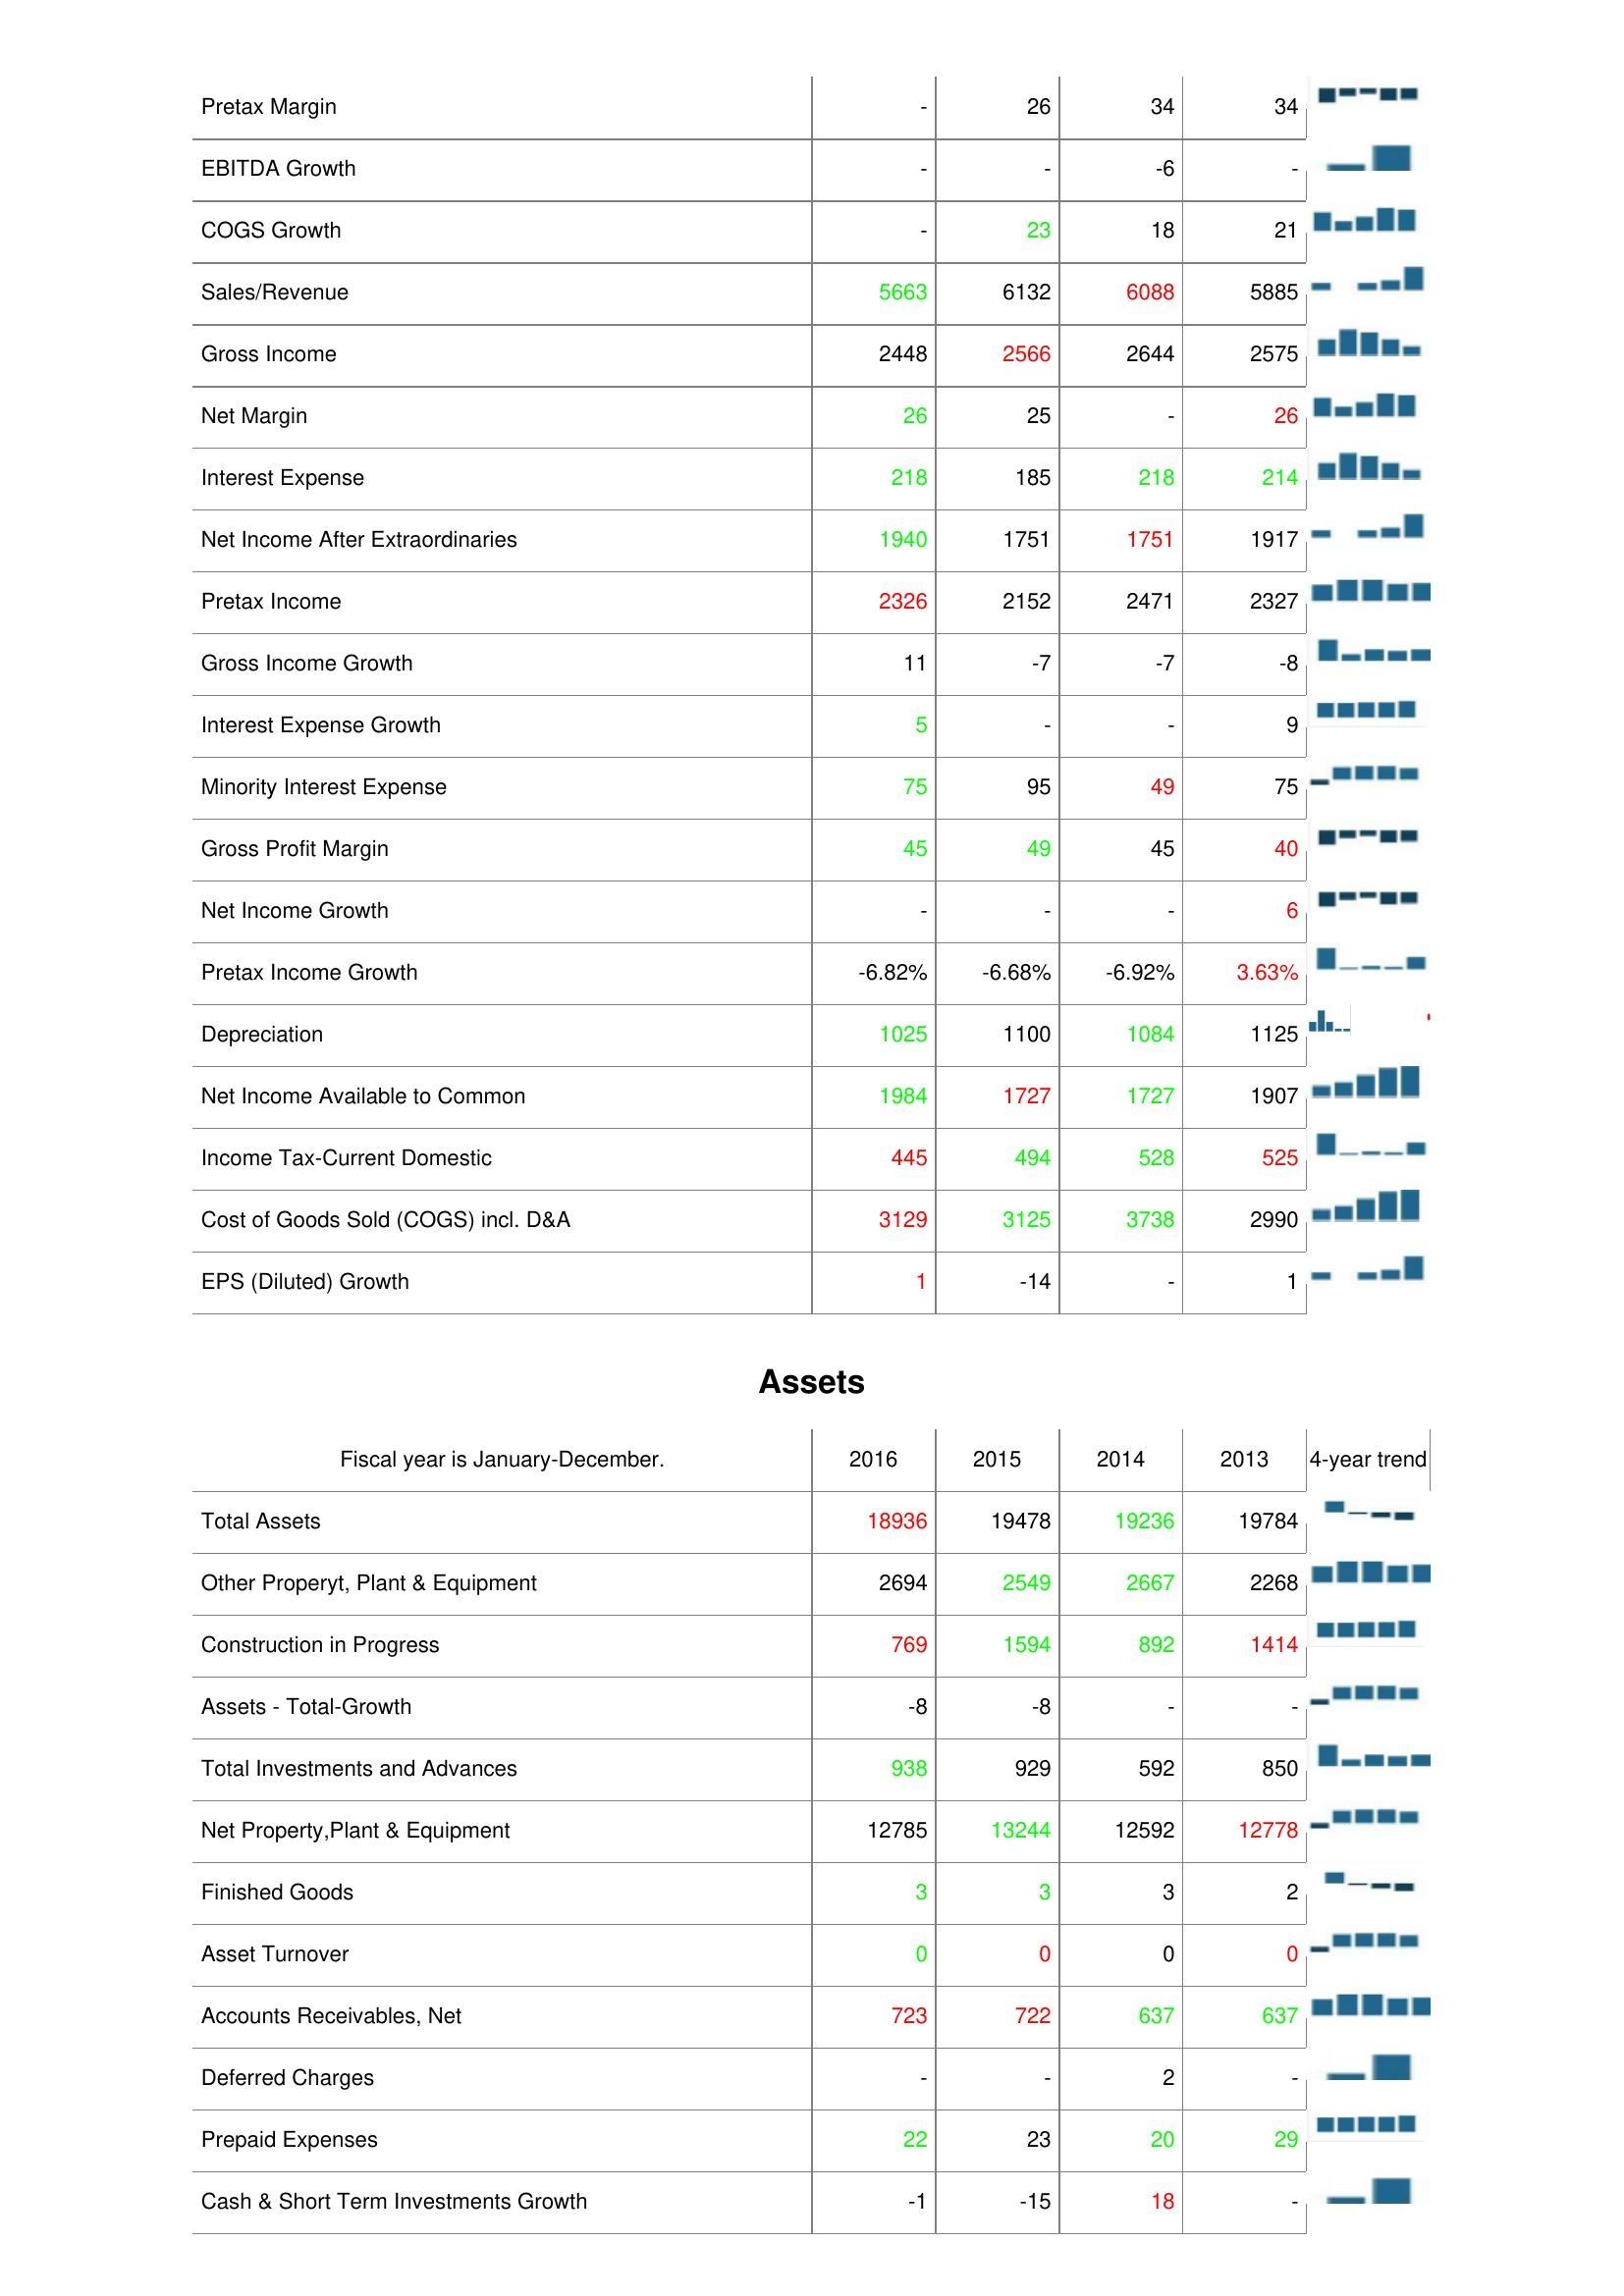
2016: : Pretax Margin: -
EBITDA Growth: -
COGS Growth: -
Sales/Revenue: 5663
Gross Income: 2448
Net Margin: 26
Interest Expense: 218
Net Income After Extraordinaries: 1940
Pretax Income: 2326
Gross Income Growth: 11
Interest Expense Growth: 5
Minority Interest Expense: 75
Gross Profit Margin: 45
Net Income Growth: -
Pretax Income Growth: -6.82%
Depreciation: 1025
Net Income Available to Common: 1984
Income Tax-Current Domestic: 445
Cost of Goods Sold (COGS) incl. D&A: 3129
EPS (Diluted) Growth: 1
Assets: Total Assets: 18936
Other Properyt, Plant & Equipment: 2694
Construction in Progress: 769
Assets - Total-Growth: -8
Total Investments and Advances: 938
Net Property,Plant & Equipment: 12785
Finished Goods: 3
Asset Turnover: 0
Accounts Receivables, Net: 723
Deferred Charges: -
Prepaid Expenses: 22
Cash & Short Term Investments Growth: -1
2015: : Pretax Margin: 26
EBITDA Growth: -
COGS Growth: 23
Sales/Revenue: 6132
Gross Income: 2566
Net Margin: 25
Interest Expense: 185
Net Income After Extraordinaries: 1751
Pretax Income: 2152
Gross Income Growth: -7
Interest Expense Growth: -
Minority Interest Expense: 95
Gross Profit Margin: 49
Net Income Growth: -
Pretax Income Growth: -6.68%
Depreciation: 1100
Net Income Available to Common: 1727
Income Tax-Current Domestic: 494
Cost of Goods Sold (COGS) incl. D&A: 3125
EPS (Diluted) Growth: -14
Assets: Total Assets: 19478
Other Properyt, Plant & Equipment: 2549
Construction in Progress: 1594
Assets - Total-Growth: -8
Total Investments and Advances: 929
Net Property,Plant & Equipment: 13244
Finished Goods: 3
Asset Turnover: 0
Accounts Receivables, Net: 722
Deferred Charges: -
Prepaid Expenses: 23
Cash & Short Term Investments Growth: -15
2014: : Pretax Margin: 34
EBITDA Growth: -6
COGS Growth: 18
Sales/Revenue: 6088
Gross Income: 2644
Net Margin: -
Interest Expense: 218
Net Income After Extraordinaries: 1751
Pretax Income: 2471
Gross Income Growth: -7
Interest Expense Growth: -
Minority Interest Expense: 49
Gross Profit Margin: 45
Net Income Growth: -
Pretax Income Growth: -6.92%
Depreciation: 1084
Net Income Available to Common: 1727
Income Tax-Current Domestic: 528
Cost of Goods Sold (COGS) incl. D&A: 3738
EPS (Diluted) Growth: -
Assets: Total Assets: 19236
Other Properyt, Plant & Equipment: 2667
Construction in Progress: 892
Assets - Total-Growth: -
Total Investments and Advances: 592
Net Property,Plant & Equipment: 12592
Finished Goods: 3
Asset Turnover: 0
Accounts Receivables, Net: 637
Deferred Charges: 2
Prepaid Expenses: 20
Cash & Short Term Investments Growth: 18
2013: : Pretax Margin: 34
EBITDA Growth: -
COGS Growth: 21
Sales/Revenue: 5885
Gross Income: 2575
Net Margin: 26
Interest Expense: 214
Net Income After Extraordinaries: 1917
Pretax Income: 2327
Gross Income Growth: -8
Interest Expense Growth: 9
Minority Interest Expense: 75
Gross Profit Margin: 40
Net Income Growth: 6
Pretax Income Growth: 3.63%
Depreciation: 1125
Net Income Available to Common: 1907
Income Tax-Current Domestic: 525
Cost of Goods Sold (COGS) incl. D&A: 2990
EPS (Diluted) Growth: 1
Assets: Total Assets: 19784
Other Properyt, Plant & Equipment: 2268
Construction in Progress: 1414
Assets - Total-Growth: -
Total Investments and Advances: 850
Net Property,Plant & Equipment: 12778
Finished Goods: 2
Asset Turnover: 0
Accounts Receivables, Net: 637
Deferred Charges: -
Prepaid Expenses: 29
Cash & Short Term Investments Growth: -